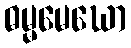
ဓမ္မမေဃော